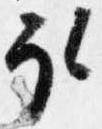
取